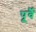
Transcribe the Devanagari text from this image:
पूर्वै